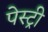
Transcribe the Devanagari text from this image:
पेस्‍ट्री